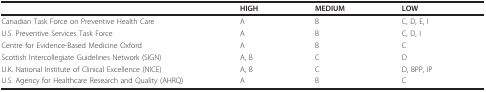
|  | HIGH | MEDIUM | LOW |
 | --- | --- | --- | --- |
 | Canadian Task Force on Preventive Health Care | A | B | C, D, E, I |
 | U.S. Preventive Services Task Force | A | B | C, D, I |
 | Centre for Evidence-Based Medicine Oxford | A | B | C |
 | Scottish Intercollegiate Guidelines Network (SIGN) | A, B | C | D |
 | U.K. National Institute of Clinical Excellence (NICE) | A, B | C | D, BPP, IP |
 | U.S. Agency for Healthcare Research and Quality (AHRQ) | A | B | C |